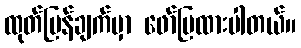
ထုတ်ပြန်ချက်မှာ ဖော်ပြထားပါတယ်။